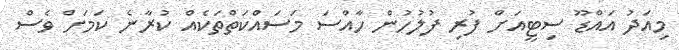
މިއަދު އައްޑޫ ސިޓީއަށް ފުރި ފުލުހުން ހާއްސަ މަސައްކަތްތަކެއް ކުރާނެ ކަމަށް ވެސް